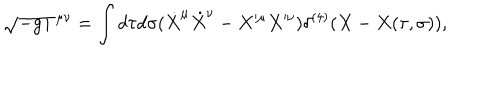
LaTeX: \sqrt { - g } T ^ { \mu \nu } = \int d \tau d \sigma ( \dot { X } ^ { \mu } \dot { X } ^ { \nu } - X ^ { \mu } X ^ { \nu } ) \delta ^ { ( 4 ) } ( X - X ( \tau , \sigma ) ) ,